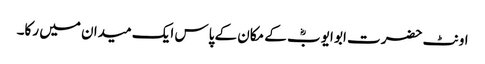
اونٹ حضرت ابو ایوبؓ کے مکان کے پاس ایک میدان میں رکا۔